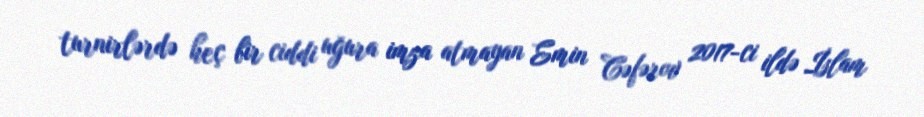
turnirlərdə heç bir ciddi uğura imza atmayan Emin Cəfərov 2017-ci ildə İslam